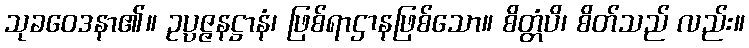
သုခဝေဒနာ၏။ ဥပ္ပဇ္ဇနဋ္ဌာနံ၊ ဖြစ်ရာဌာနဖြစ်သော။ စိတ္တံပိ၊ စိတ်သည် လည်း။